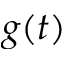
g ( t )